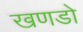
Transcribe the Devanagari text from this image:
खणडो